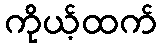
ကိုယ့်ထက်